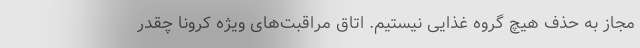
مجاز به حذف هیچ گروه غذایی نیستیم. اتاق مراقبت‌های ویژه کرونا چقدر